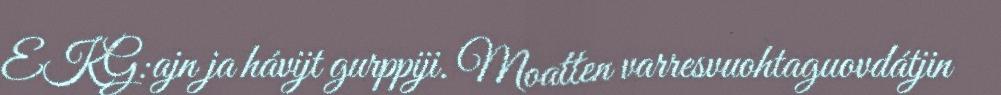
EKG:ajn ja hávijt gurppiji. Moatten varresvuohtaguovdátjin